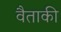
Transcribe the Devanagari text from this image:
वैताकी